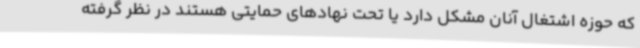
که حوزه اشتغال آنان مشکل دارد یا تحت نهادهای حمایتی هستند در نظر گرفته